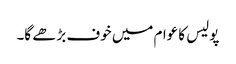
پولیس کا عوام میں خوف بڑھے گا۔